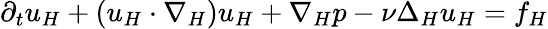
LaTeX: \partial_{t}u_{H}+(u_{H}\cdot\nabla_{H})u_{H}+\nabla_{H}p-\nu\Delta_{H}u_{H}=f_{H}